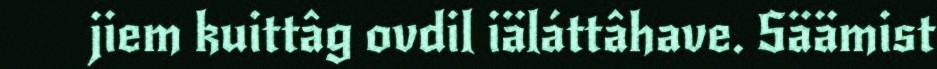
jiem kuittâg ovdil iäláttâhave. Säämist